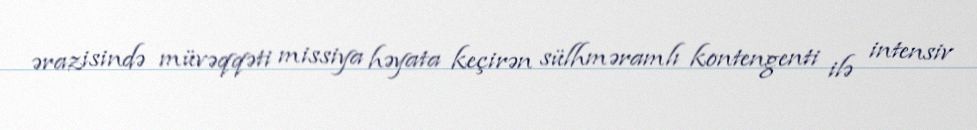
ərazisində müvəqqəti missiya həyata keçirən sülhməramlı kontengenti ilə intensiv